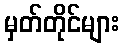
မှတ်တိုင်များ